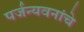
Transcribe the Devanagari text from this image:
पर्जन्यवनांचे